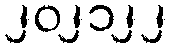
၂၀၂၁၂၂